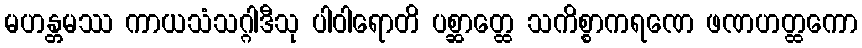
မဟန္တမဿ ကာယသံသဂ္ဂါဒီသု ပါဝါရောတိ ပစ္ဆာတ္ထေ သကိစ္စာကရဏေ ဖဏဟတ္ထကော